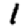
Digit: 1